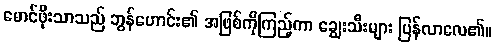
မောင်ဖိုးသာသည် ဘွန်ဟောင်း၏ အဖြစ်ကိုကြည့်ကာ ချွေးသီးများ ပြန်လာလေ၏။